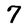
Character: 7